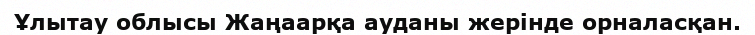
Ұлытау облысы Жаңаарқа ауданы жерінде орналасқан.